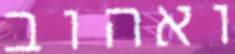
ואהוב